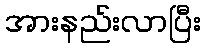
အားနည်းလာပြီး